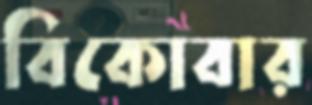
বিকোবার